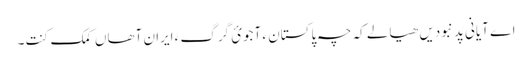
اے آیانی پَد نبودیں ھیالے کہ چہ پاکستان ءَ آجوئ گرگ ءَ ایران آھاں کمک کنت۔